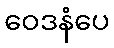
ဝေဒနံပေ